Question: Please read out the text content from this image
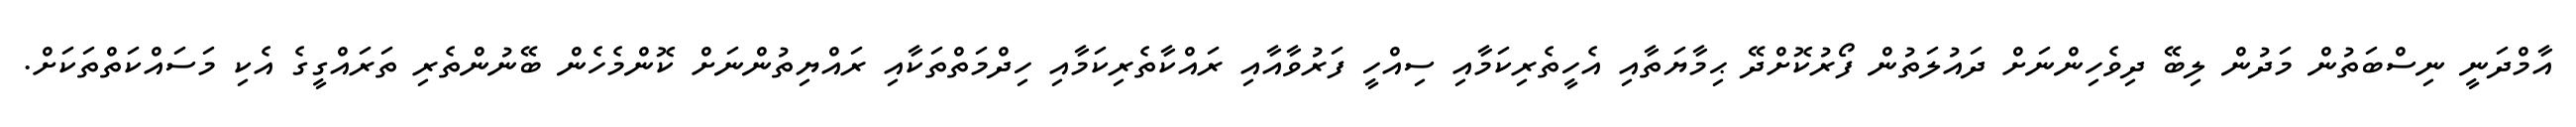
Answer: އާމްދަނީ ނިސްބަތުން މަދުން ލިބޭ ދިވެހިންނަށް ދައުލަތުން ފޯރުކޮށްދޭ ޙިމާޔަތާއި އެހީތެރިކަމާއި ސިއްހީ ފަރުވާއާއި ރައްކާތެރިކަމާއި ހިދްމަތްތަކާއި ރައްޔިތުންނަށް ކޮންމެހެން ބޭނުންތެރި ތަރައްގީގެ އެކި މަސައްކަތްތަކަށް.